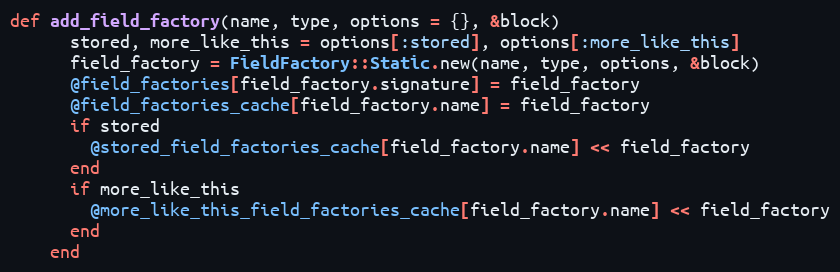
Language: Ruby
def add_field_factory(name, type, options = {}, &block)
      stored, more_like_this = options[:stored], options[:more_like_this]
      field_factory = FieldFactory::Static.new(name, type, options, &block)
      @field_factories[field_factory.signature] = field_factory
      @field_factories_cache[field_factory.name] = field_factory
      if stored
        @stored_field_factories_cache[field_factory.name] << field_factory
      end
      if more_like_this
        @more_like_this_field_factories_cache[field_factory.name] << field_factory
      end
    end